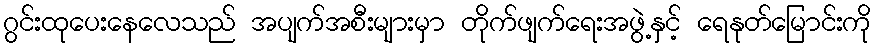
ဂွင်းထုပေးနေလေသည် အပျက်အစီးများမှာ တိုက်ဖျက်ရေးအဖွဲ့နှင့် ရေနုတ်မြောင်းကို